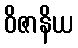
ဝိဇာနိယ